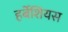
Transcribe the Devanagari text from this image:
हर्बेशियस